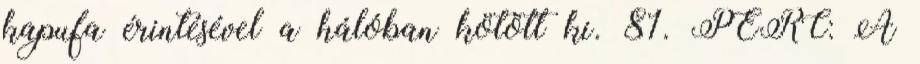
kapufa érintésével a hálóban kötött ki. 81. PERC: A